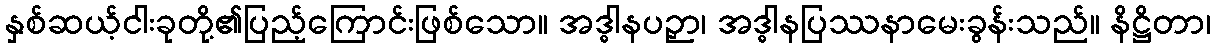
နှစ်ဆယ့်ငါးခုတို့၏ပြည့်ကြောင်းဖြစ်သော။ အဒ္ဓါနပဉှာ၊ အဒ္ဓါနပြဿနာမေးခွန်းသည်။ နိဋ္ဌိတာ၊